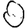
Digit: 0